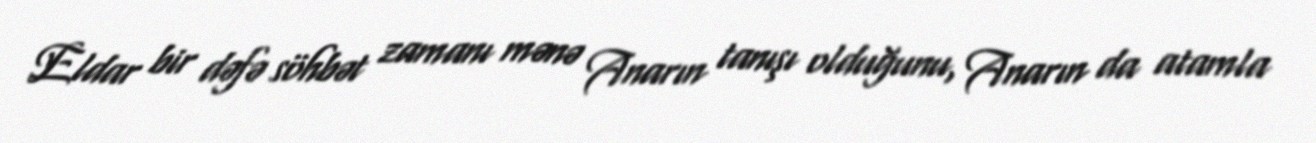
Eldar bir dəfə söhbət zamanı mənə Anarın tanışı olduğunu, Anarın da atamla